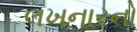
લખનારનો